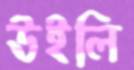
উইলি